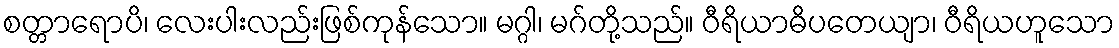
စတ္တာရောပိ၊ လေးပါးလည်းဖြစ်ကုန်သော။ မဂ္ဂါ၊ မဂ်တို့သည်။ ဝီရိယာဓိပတေယျာ၊ ဝီရိယဟူသော